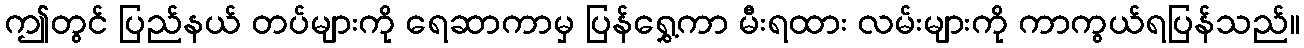
ဤတွင် ပြည်နယ် တပ်များကို ရေဆာကာမှ ပြန်ရွှေ့ကာ မီးရထား လမ်းများကို ကာကွယ်ရပြန်သည်။